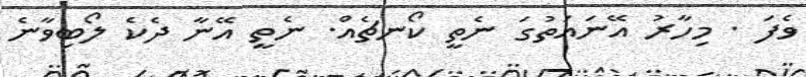
ވެފަ . މިހާރު އޭނައަތުގަ ނެތީ ކޯނޗެއް. ނެތީ އޭނާ ދެކެ ލޯބިވާނެ